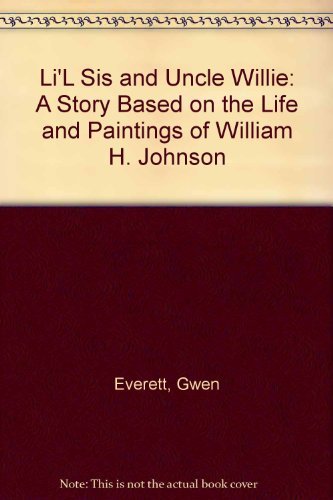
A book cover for Li'L Sis and Uncle Willie: A Story Based on the Life and Paintings of William H. Johnson; Gwen Everett; Teen & Young Adult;